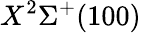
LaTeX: X^{2}\Sigma^{+}(100)